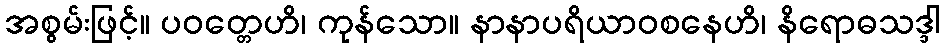
အစွမ်းဖြင့်။ ပဝတ္တေဟိ၊ ကုန်သော။ နာနာပရိယာဝစနေဟိ၊ နိရောဓသဒ္ဒါ